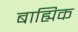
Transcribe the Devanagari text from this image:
बाह्यिक